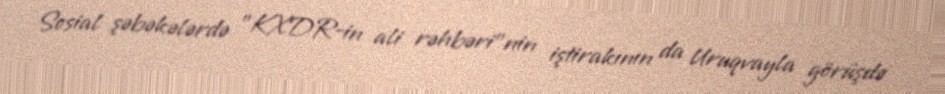
Sosial şəbəkələrdə "KXDR-in ali rəhbəri"nin iştirakının da Uruqvayla görüşdə